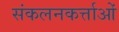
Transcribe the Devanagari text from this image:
संकलनकर्त्ताओं